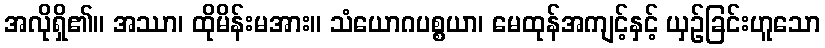
အလိုရှိ၏။ အဿာ၊ ထိုမိန်းမအား။ သံယောဂပစ္စယာ၊ မေထုန်အကျင့်နှင့် ယှဉ်ခြင်းဟူသော